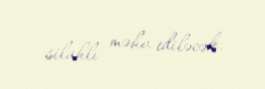
silahlı məhv ediləcək.